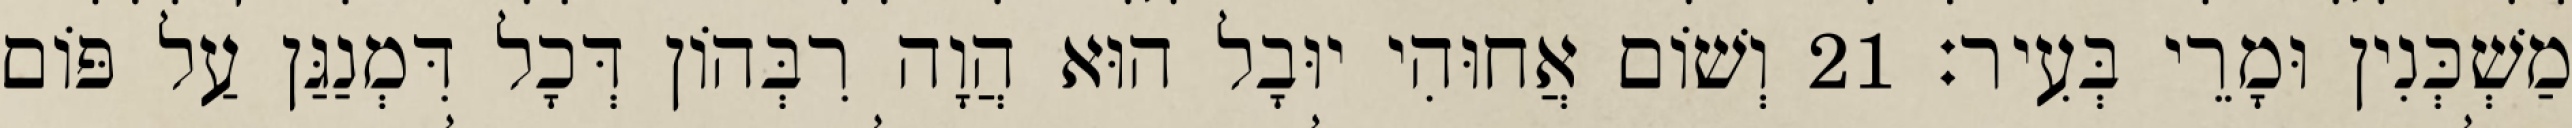
מַשְׁכְּנִין וּמָרֵי בְּעִיר׃ 21 וְשׁוֹם אֲחוּהִי יוּבָל הוּא הֲוָה רִבְּהוֹן דְּכָל דִּמְנַגַּן עַל פּוֹם